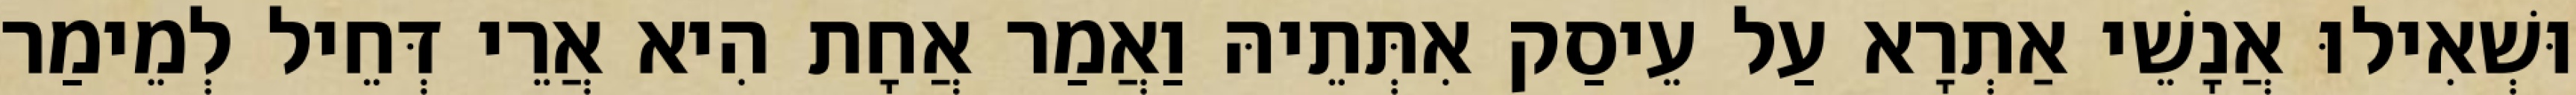
וּשְׁאִילוּ אֲנָשֵׁי אַתְרָא עַל עֵיסַק אִתְּתֵיהּ וַאֲמַר אֲחָת הִיא אֲרֵי דְּחֵיל לְמֵימַר